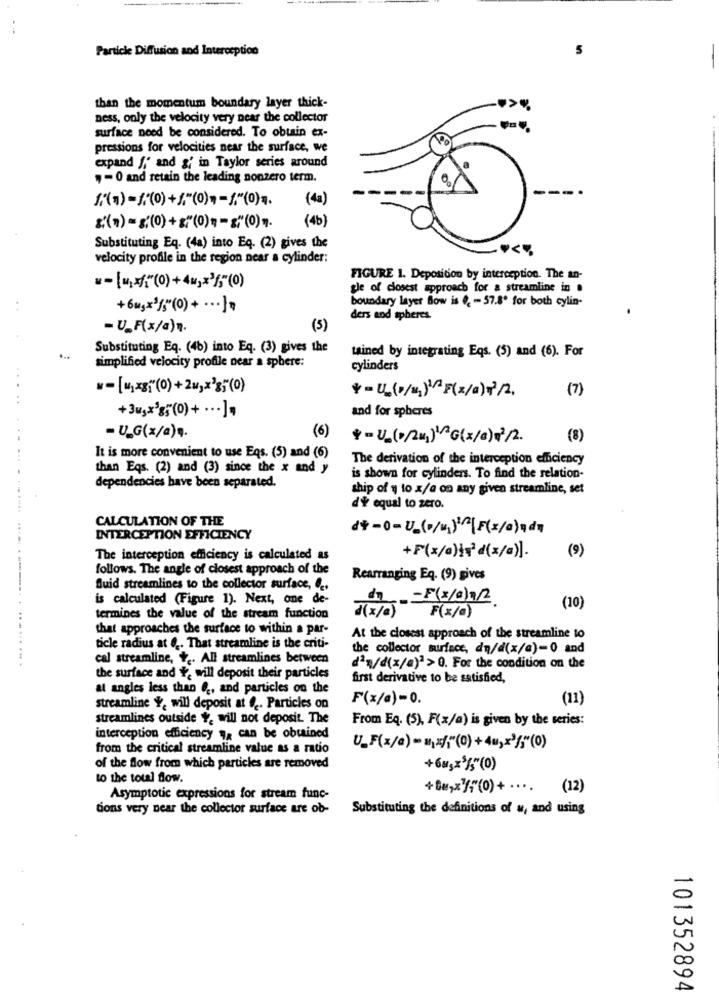
Particle Diffusion and Interception
than the momentum boundary layer thick-
ness, only the velocity very near the collector
surface need be considered. To obtain ex-
pressions for velocities near the surface, we
expand f,' and g; in Taylor series around
, - 0 and retain the leading nonzero term.
---
-
(41)
(4b)
$()=g(0)+(0)-(0)
Substituting Eq. (4a) into Eq. (2) gives the
velocity profile in the region near a cylinder:
FIGURE 1. Deposition by interception. The an-
w-[">"(0)+4 =, x3;"(0)
gle of closest approach for a streamline in .
boundary layer Bow is 0, - 57.8º for both cylin-
+6mg×3{"(0) + ··· ]=
ders and spheres.
- U_F(x/a).
(5)
Substituting Eq. (46) into Eq. (3) gives the
tained by integrating Eqs. (5) and (6). For
simplified velocity profile near a sphere:
cylinders
(7)
+3uşx3g; (0)+ ... ].
and for spheres
(6)
- U_G(x/a) .
*- U2(0/211)12G(x/a) 7/2.
(8)
It is more convenient to use Eqs. (5) and (6)
The derivation of the interception efficiency
than Eqs. (2) and (3) since the x and y
is shown for cylinders. To find the relation-
dependencies have been separated.
ship of y to x/a on any given streamline, set
d'e equal to zero.
CALCULATION OF THE
INTERCEPTION EFFICIENCY
(9)
The interception efficiency is calculated as
+F(x/@)}+'d(x/a)].
follows. The angle of closest approach of the
Rearranging Eq. (9) gives
Quid streamlines to the collector surface, ,
is calculated (Figure 1). Next, one de-
du-F(*/ehu2
F(x/a)
(10)
termines the value of the stream function
1(x / 2 )
that approaches the surface to within a par-
At the closest approach of the streamline to
ticle radius at 6 .. That streamline is the criti-
the collector surface, dn/d(x/a)-0 and
cal streamline, + ,. All streamlines between
dªn/d(x/a)2 > 0. For the condition on the
the surface and F, will deposit their particles
first derivative to be satisfied,
at angles less than 6 ., and particles on the
F(x/a)=0.
(11)
streamline Y, will deposit at ... Particles on
streamlines outside Y, will not deposit. The
From Eq. (5), F(x/a) is given by the series:
interception efficiency , can be obtained
from the critical streamline value as a ratio
of the flow from which particles are removed
+6M5x5/5"(0)
to the total flow.
(12)
Asymptotic expressions for stream func-
tions very near the collector surface are ob-
Substituting the definitions of w, and using
101352894